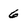
Character: 6